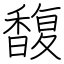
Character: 馥